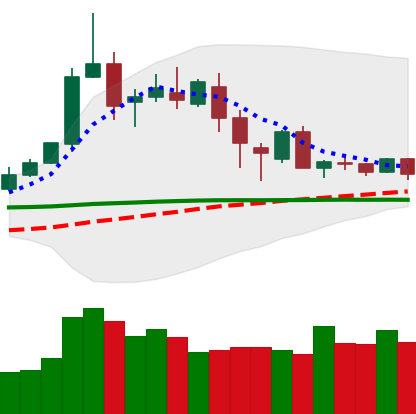
Ticker: DOGE-USD
Chart end date: 2020-02-24
Forward return: -13.707%
Label: down_7plus